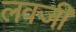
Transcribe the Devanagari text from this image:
लवजी